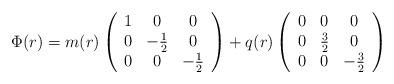
LaTeX: \begin{align*}\Phi(r)=m(r)\left(\begin{array}{ccc}1&0&0\\0&-\frac{1}{2}&0\\0&0&-\frac{1}{2} \end{array} \right)+q(r)\left(\begin{array}{ccc}0&0&0\\0&\frac{3}{2}&0\\0&0&-\frac{3}{2} \end{array} \right)\end{align*}